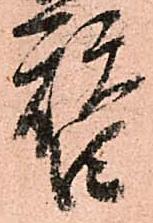
替